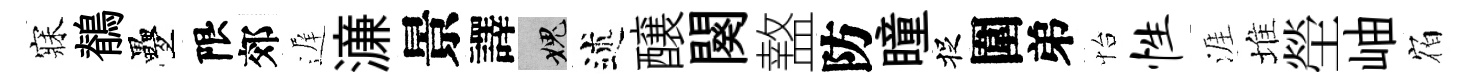
寐鶺疊限郊遅濓景譯愧述醸闋盩防瞳捉圍弟怡性涯堆塋岫𪧐